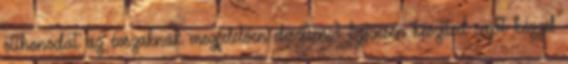
otthonodat az évszaknak megfelelően díszíteni? Szívesen készíted saját kézzel